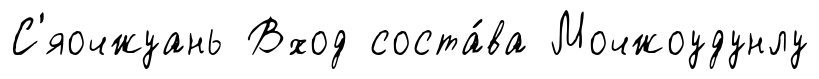
С'яочжуань Вход соста́ва Мочжоудунлу